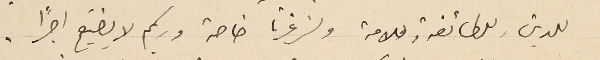
للدين وللطائفة وللامة ولزغرتا خاصة وربكم لا يضيّع اجرًا.